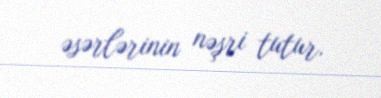
əsərlərinin nəşri tutur.